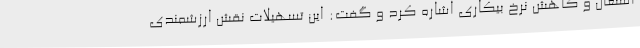
اشتغال و کاهش نرخ بیکاری اشاره کرد و گفت: این تسهیلات نقش ارزشمندی